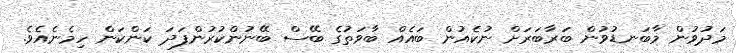
މަދުވުން މާބަނޑުވުން ބަރާބަރަށް ނުކެއުން ބައެއް ބާވަތުގެ ބޭސް ބޭނުންކުރުންފަދަ ކަންކަން ހިމެނެއެވެ.